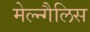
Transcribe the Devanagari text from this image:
मेल्न्गैलिस